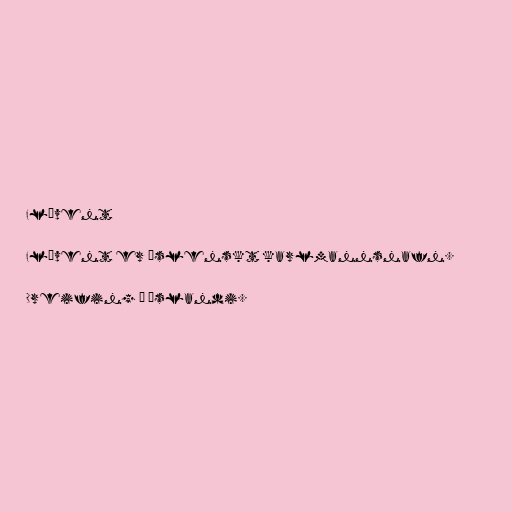
Flóvent

Flóvent er íslenskt karlmannsnafn.

Dreifing á Íslandi.